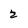
Character: 2